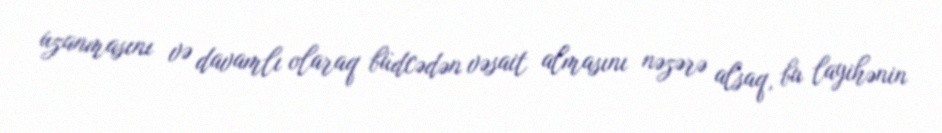
uzanmasını və davamlı olaraq büdcədən vəsait almasını nəzərə alsaq, bu layihənin